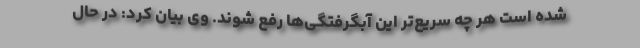
شده است هر چه سریع‌تر این آبگرفتگی‌ها رفع شوند. وی بیان کرد: در حال